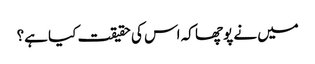
میں نے پوچھا کہ اس کی حقیقت کیا ہے؟